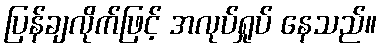
ပြန်ချလိုက်ဖြင့် အလုပ်ရှုပ် နေသည်။